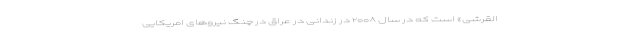
القرشی» است که در سال ۲۰۰۸ در زندانی در عراق در چنگ نیرو‌های امریکایی